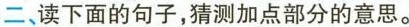
二、读下面的句子，猜测加点部分的意思。